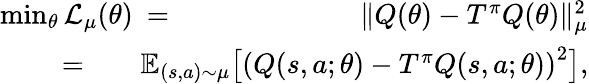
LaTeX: \begin{array}{rlr}{\operatorname*{min}_{\theta}\mathcal{L}_{\mu}(\theta)\! \! \! }&{=}&{\! \! \! \| Q(\theta)-T^{\pi}Q(\theta)\| _{\mu}^{2}}\\ &{\! \! \! \! \! \! \! \! \! \! \! \! \! \! \! \! \! \! =}&{\! \! \! \! \! \! \! \! \! \! \! \! \mathbb{E}_{(s,a)\sim\mu}\big[\left(Q(s,a;\theta)-T^{\pi}Q(s,a;\theta)\right)^{2}\big],}\end{array}